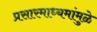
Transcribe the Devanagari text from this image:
प्रसारमाध्यमांमुळे